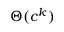
\Theta ( c ^ { k } )